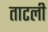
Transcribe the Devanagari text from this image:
ताटली